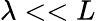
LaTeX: \lambda<<L